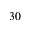
3 0